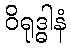
ဝိရုဒ္ဓါနံ